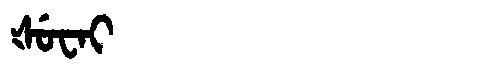
Manchu: ᡧᡠᠸᠠᡳ
Romanization: ŠUWAI